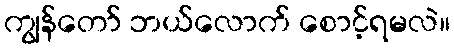
ကျွန်တော် ဘယ်လောက် စောင့်ရမလဲ။